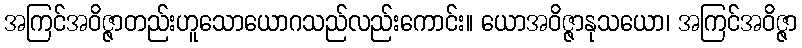
အကြင်အဝိဇ္ဇာတည်းဟူသောယောဂသည်လည်းကောင်း။ ယောအဝိဇ္ဇာနုသယော၊ အကြင်အဝိဇ္ဇာ